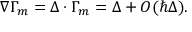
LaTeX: \nabla \Gamma _ { m } = \Delta \cdot \Gamma _ { m } = \Delta + O ( \hbar \Delta ) .